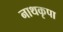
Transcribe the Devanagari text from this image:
नाथकृपा